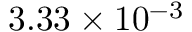
3 . 3 3 \times 1 0 ^ { - 3 }